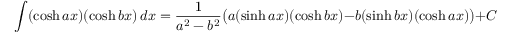
\int ( \cosh a x ) ( \cosh b x ) \, d x = { \frac { 1 } { a ^ { 2 } - b ^ { 2 } } } { \big ( } a ( \sinh a x ) ( \cosh b x ) - b ( \sinh b x ) ( \cosh a x ) { \big ) } + C \qquad { \mathrm { ( f o r ~ } } a ^ { 2 } \neq b ^ { 2 } { \mathrm { ) } }